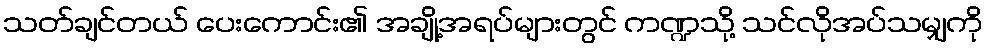
သတ်ချင်တယ် ပေးကောင်း၏ အချို့အရပ်များတွင် ကဏ္ဍသို့ သင်လိုအပ်သမျှကို